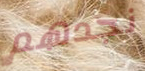
نجدهم